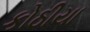
કોઠીયા